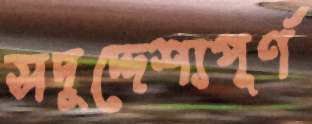
সদুদ্দেশ্যপূর্ণ